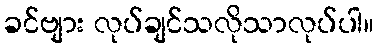
ခင်ဗျား လုပ်ချင်သလိုသာလုပ်ပါ။